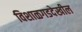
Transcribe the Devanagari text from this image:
विशाळगडदेखील